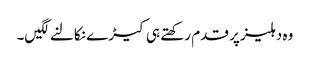
وہ دہلیز پر قدم رکھتے ہی کیڑے نکالنے لگیں۔